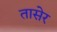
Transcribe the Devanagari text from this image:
तासेर